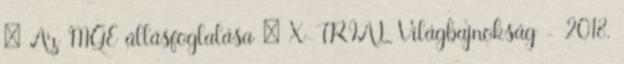
» Az MGE állásfoglalása » X-TRIAL Világbajnokság - 2018.